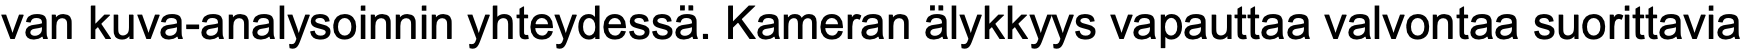
van kuva-analysoinnin yhteydessä. Kameran älykkyys vapauttaa valvontaa suorittavia